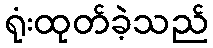
ရုံးထုတ်ခဲ့သည်